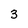
Character: 3